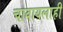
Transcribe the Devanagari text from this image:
चावायलाही